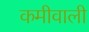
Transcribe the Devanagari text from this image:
कमीवाली